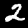
Label: 2